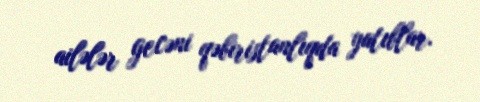
ailələr gecəni qəbiristanlıqda yatıblar.